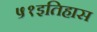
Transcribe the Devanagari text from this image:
५१इतिहास